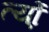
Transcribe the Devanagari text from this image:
र्त्यो्